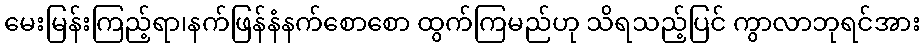
မေးမြန်းကြည့်ရာ၊နက်ဖြန်နံနက်စောစော ထွက်ကြမည်ဟု သိရသည့်ပြင် ကွာလာဘုရင်အား